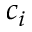
c _ { i }